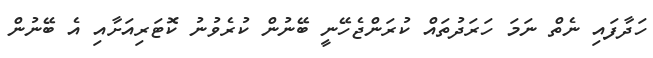
ހަދާފައި ނެތް ނަމަ ހަރަދުތައް ކުރަންޖެހޭނީ ބޭނުން ކުރެވުނު ކޮޓަރިއަށާއި އެ ބޭނުން